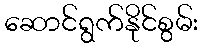
ဆောင်ရွက်နိုင်စွမ်း